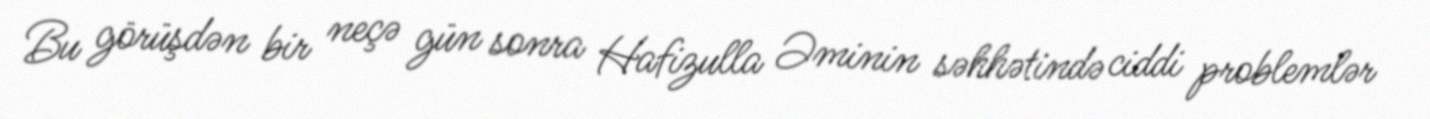
Bu görüşdən bir neçə gün sonra Hafizulla Əminin səhhətində ciddi problemlər